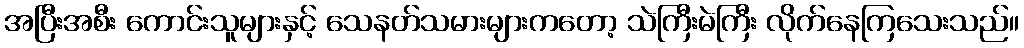
အပြီးအစီး ကောင်းသူများနှင့် သေနတ်သမားများကတော့ သဲကြီးမဲကြီး လိုက်နေကြသေးသည်။